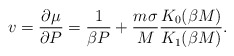
\begin{align*}v=\frac {\partial \mu}{\partial P}=\frac {1}{\beta P}+\frac {m\sigma}{M}\frac {K_0(\beta M)}{K_1(\beta M)} .\end{align*}